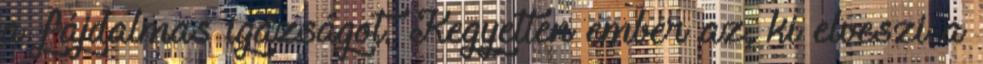
a fájdalmas igazságot. Kegyetlen ember az, ki elveszi a